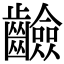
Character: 䶨